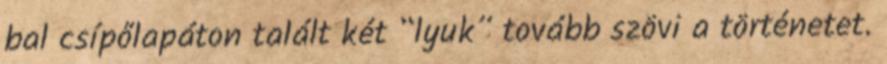
bal csípőlapáton talált két “lyuk” tovább szövi a történetet.